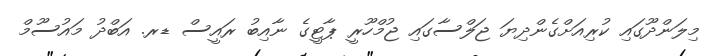
މިލަންދޫގައި ކުރިއަށްގެންދިޔަ ޖަލްސާގައި ޖުމްހޫރީ ޕާޓީގެ ނާއިބު ރައީސް ޑރ. އަބްދު މައުސޫމް